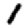
Digit: 1